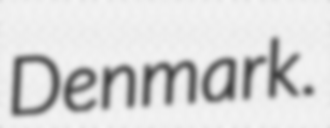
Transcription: Denmark.